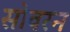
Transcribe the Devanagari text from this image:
सोवरन